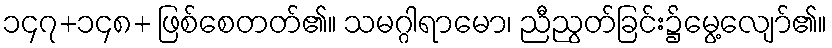
၁၄၇+၁၄၈+ ဖြစ်စေတတ်၏။ သမဂ္ဂါရာမော၊ ညီညွတ်ခြင်း၌မွေ့လျော်၏။